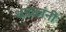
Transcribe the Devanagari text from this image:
धडकांनी